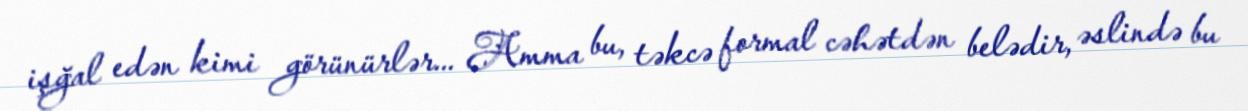
işğal edən kimi görünürlər... Amma bu, təkcə formal cəhətdən belədir, əslində bu